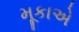
મૂકાએ